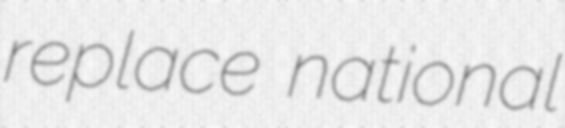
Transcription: replace national